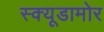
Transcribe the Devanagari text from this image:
स्क्यूडामोर